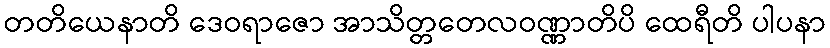
တတိယေနာတိ ဒေဝရာဇော အာသိတ္တတေလဝဏ္ဏာတိပိ ထေရီတိ ပါပနာ